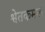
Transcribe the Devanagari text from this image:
श्वेतकमल